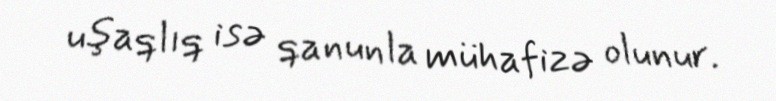
uşaqlıq isə qanunla mühafizə olunur.